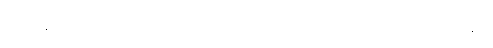
အရှိန်သေမှ ဆင်းသော သူများသည် ဘာမျှ မဖြစ်ကြချေ။